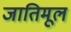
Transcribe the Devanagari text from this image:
जातिमूल